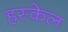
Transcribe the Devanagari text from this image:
हस्केल